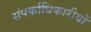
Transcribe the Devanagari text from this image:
संपर्काधिकारीयों